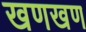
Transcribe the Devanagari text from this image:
खणखण